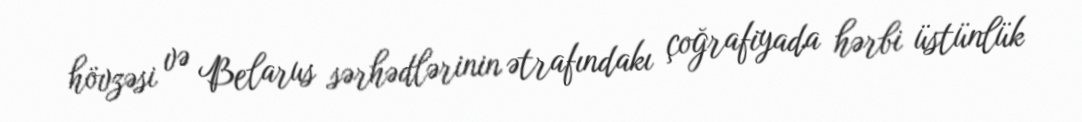
hövzəsi və Belarus sərhədlərinin ətrafındakı çoğrafiyada hərbi üstünlük